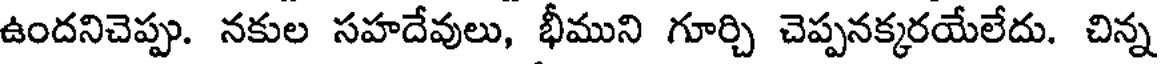
ఉందనిచెప్పు. నకుల సహదేవులు, భీముని గూర్చి చెప్పనక్కరయేలేదు. చిన్న